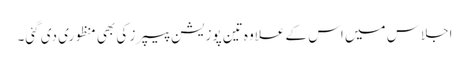
اجلاس میں اس کے علاوہ تین پوزیشن پیپرز کی بھی منظوری دی گئی۔